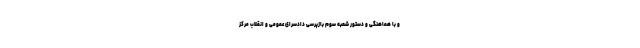
و با هماهنگی و دستور شعبه سوم بازپرسی دادسرای عمومی و انقلاب مرکز